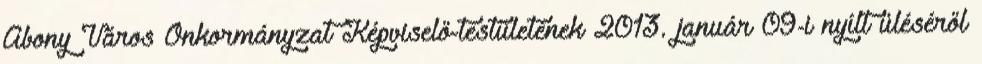
Abony Város Önkormányzat Képviselő-testületének 2013. január 09-i nyílt üléséről